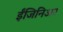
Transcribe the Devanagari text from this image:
ईंजिनिअर